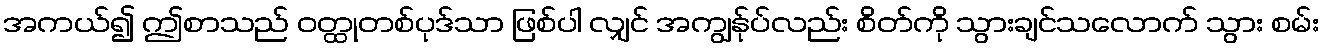
အကယ်၍ ဤစာသည် ဝတ္ထုတစ်ပုဒ်သာ ဖြစ်ပါ လျှင် အကျွန်ုပ်လည်း စိတ်ကို သွားချင်သလောက် သွား စမ်း